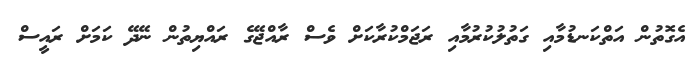
އެގޮތުން އަތްކަނޑުމާއި ގަތުލުކުރުމާއި ރަޖަމްކުރާކަށް ވެސް ރާއްޖޭގެ ރައްޔިތުން ނޭދޭ ކަމަށް ރައީސް